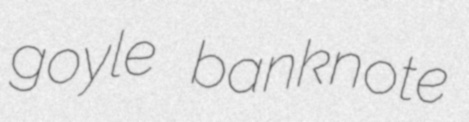
goyle banknote